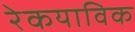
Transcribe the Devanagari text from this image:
रेकयाविक